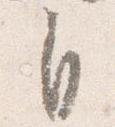
自